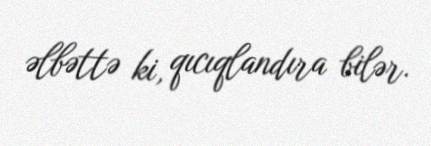
əlbəttə ki, qıcıqlandıra bilər.